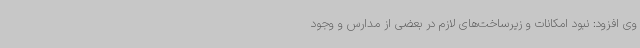
وی افزود: نبود امکانات و زیرساخت‌های لازم در بعضی از مدارس و وجود